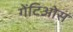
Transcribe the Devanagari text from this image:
गेंटिओस